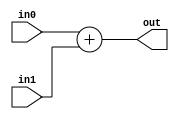
`ifndef __SUM_V
`define __SUM_V

module sum(in0, in1, out);
	input [15:0] in0, in1;
	output [15:0] out;
	assign out= in0 + in1;
endmodule

`endif // __SUM_V